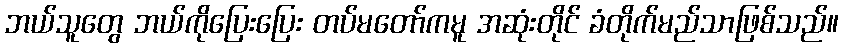
ဘယ်သူတွေ ဘယ်ကိုပြေးပြေး တပ်မတော်ကမူ အဆုံးတိုင် ခံတိုက်မည်သာဖြစ်သည်။